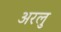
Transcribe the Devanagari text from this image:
अरलु